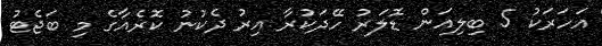
އަހަރަކު 5 ބިލިއަން ޑޮލަރު ހޭދަކުރާ އިރު ދެކުނު ކޮރެއާގެ މި ބަޖެޓު